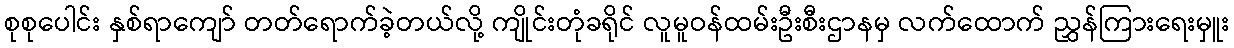
စုစုပေါင်း နှစ်ရာကျော် တတ်ရောက်ခဲ့တယ်လို့ ကျိုင်းတုံခရိုင် လူမူဝန်ထမ်းဦးစီးဌာနမှ လက်ထောက် ညွှန်ကြားရေးမှူး